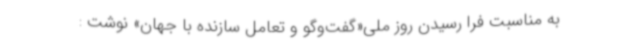
به مناسبت فرا رسیدن روز ملی«گفت‌وگو و تعامل سازنده با جهان» نوشت :